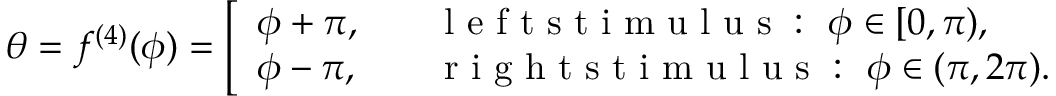
\theta = f ^ { ( 4 ) } ( \phi ) = \left[ \begin{array} { l l } { \phi + \pi , \quad } & { \mathrm { ~ l ~ e ~ f ~ t ~ s ~ t ~ i ~ m ~ u ~ l ~ u ~ s ~ : ~ } \ { \phi } \in [ 0 , \pi ) , } \\ { \phi - \pi , \quad } & { \mathrm { ~ r ~ i ~ g ~ h ~ t ~ s ~ t ~ i ~ m ~ u ~ l ~ u ~ s ~ : ~ } \ \phi \in ( \pi , 2 \pi ) . } \end{array} \right.